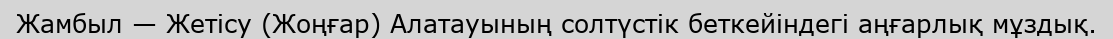
Жамбыл — Жетісу (Жоңғар) Алатауының солтүстік беткейіндегі аңғарлық мұздық.